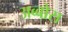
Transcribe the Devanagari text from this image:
अब्बोस